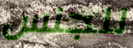
للجنس